Annual administration report of the Civil Veterinary Department of India - 1903-1904
Year: 1903
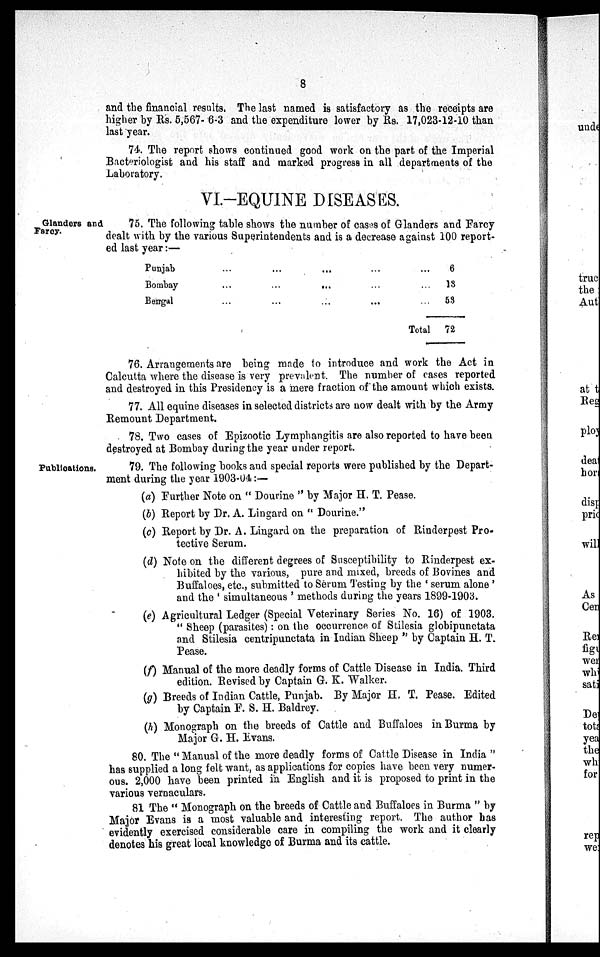
8
and the financial results. The last named is satisfactory as the receipts are
higher by Rs. 5,567- 6-3 and the expenditure lower by Rs. 17,023-12-10 than
last year.
74. The report shows continued good work on the part of the Imperial
Bacteriologist and his staff and marked progress in all departments of the
Laboratory.
VI.-EQUINE DISEASES.
Glanders and
Farcy.
75. The following table shows the number of cases of Glanders and Farcy
dealt with by the various Superintendents and is a decrease against 100 report-
ed last year:—
Punjab ... ... ... ... ...
Bombay ... ... ... ... ...
Bengal ... ... ... ... ...
Total
6
18
53
72
76. Arrangements are being made to introduce and work the Act in
Calcutta where the disease is very prevalent. The number of cases reported
and destroyed in this Presidency is a mere fraction of the amount which exists.
77. All equine diseases in selected districts are now dealt with by the Army
Remount Department.
78. Two cases of Epizootic Lymphangitis are also reported to have been
destroyed at Bombay during the year under report.
Publications.
79. The following books and special reports were published by the Depart-
ment during the year 1903-04:—
(a) Further Note on "Dourine" by Major H. T. Pease.
(b) Report by Dr. A. Lingard on "Dourine."
(c) Report by Dr. A. Lingard on the preparation of Rinderpest Pro-
tective Serum.
(d) Note on the different degrees of Susceptibility to Rinderpest ex-
hibited by the various, pure and mixed, breeds of Bovines and
Buffaloes, etc., submitted to Serum Testing by the 'serum alone'
and the 'simultaneous' methods during the years 1899-1903.
(e) Agricultural Ledger (Special Veterinary Series No. 16) of 1903.
"Sheep (parasites): on the occurrence of Stilesia globipunctata
and Stilesia centripunctata in Indian Sheep" by Captain H. T.
Pease.
(f) Manual of the more deadly forms of Cattle Disease in India. Third
edition. Revised by Captain G. K. Walker.
(g) Breeds of Indian Cattle, Punjab. By Major H. T. Pease. Edited
by Captain F. S. H. Baldrey.
(h) Monograph on the breeds of Cattle and Buffaloes in Burma by
Major G. H. Evans.
80. The "Manual of the more deadly forms of Cattle Disease in India"
has supplied a long felt want, as applications for copies have been very numer-
ous. 2,000 have been printed in English and it is proposed to print in the
various vernaculars.
81 The "Monograph on the breeds of Cattle and Buffaloes in Burma" by
Major Evans is a most valuable and interesting report. The author has
evidently exercised considerable care in compiling the work and it clearly
denotes his great local knowledge of Burma and its cattle.